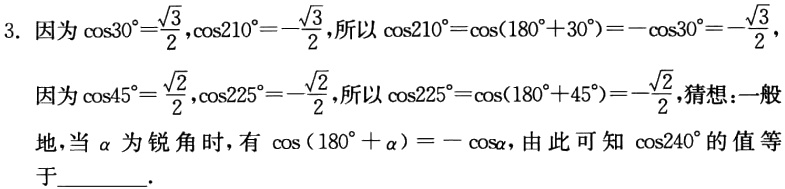
3. 因为\(\cos30^{\circ}=\frac{\sqrt{3}}{2},\cos210^{\circ}=-\frac{\sqrt{3}}{2}\),所以\(\cos210^{\circ}=\cos(180^{\circ}+30^{\circ})=-\cos30^{\circ}=-\frac{\sqrt{3}}{2}\),

因为\(\cos45^{\circ}=\frac{\sqrt{2}}{2},\cos225^{\circ}=-\frac{\sqrt{2}}{2}\),所以\(\cos225^{\circ}=\cos(180^{\circ}+45^{\circ})=-\frac{\sqrt{2}}{2}\),猜想:一般

地,当\(\alpha\)为锐角时，有 \(\cos(180^{\circ}+\alpha)=-\cos\alpha\)，由此可知 \(\cos240^{\circ}\)的值等于  。